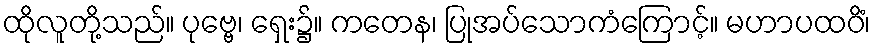
ထိုလူတို့သည်။ ပုဗ္ဗေ၊ ရှေး၌။ ကတေန၊ ပြုအပ်သောကံကြောင့်။ မဟာပထဝိံ၊